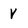
Character: v